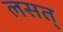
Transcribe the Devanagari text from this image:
लसत्